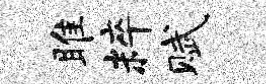
雎粹赋